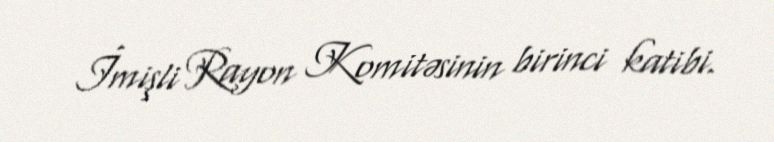
İmişli Rayon Komitəsinin birinci katibi.